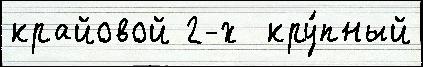
крайовой 2-х  кру́пный